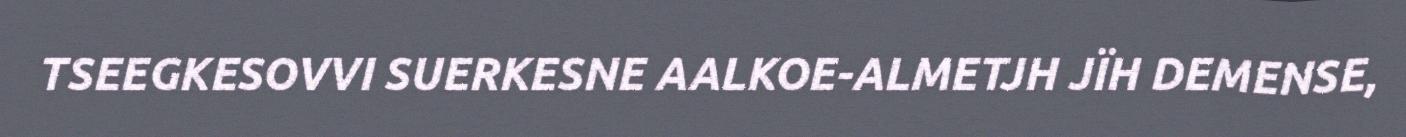
TSEEGKESOVVI SUERKESNE AALKOE-ALMETJH JÏH DEMENSE,